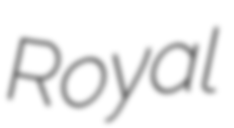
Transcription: Royal